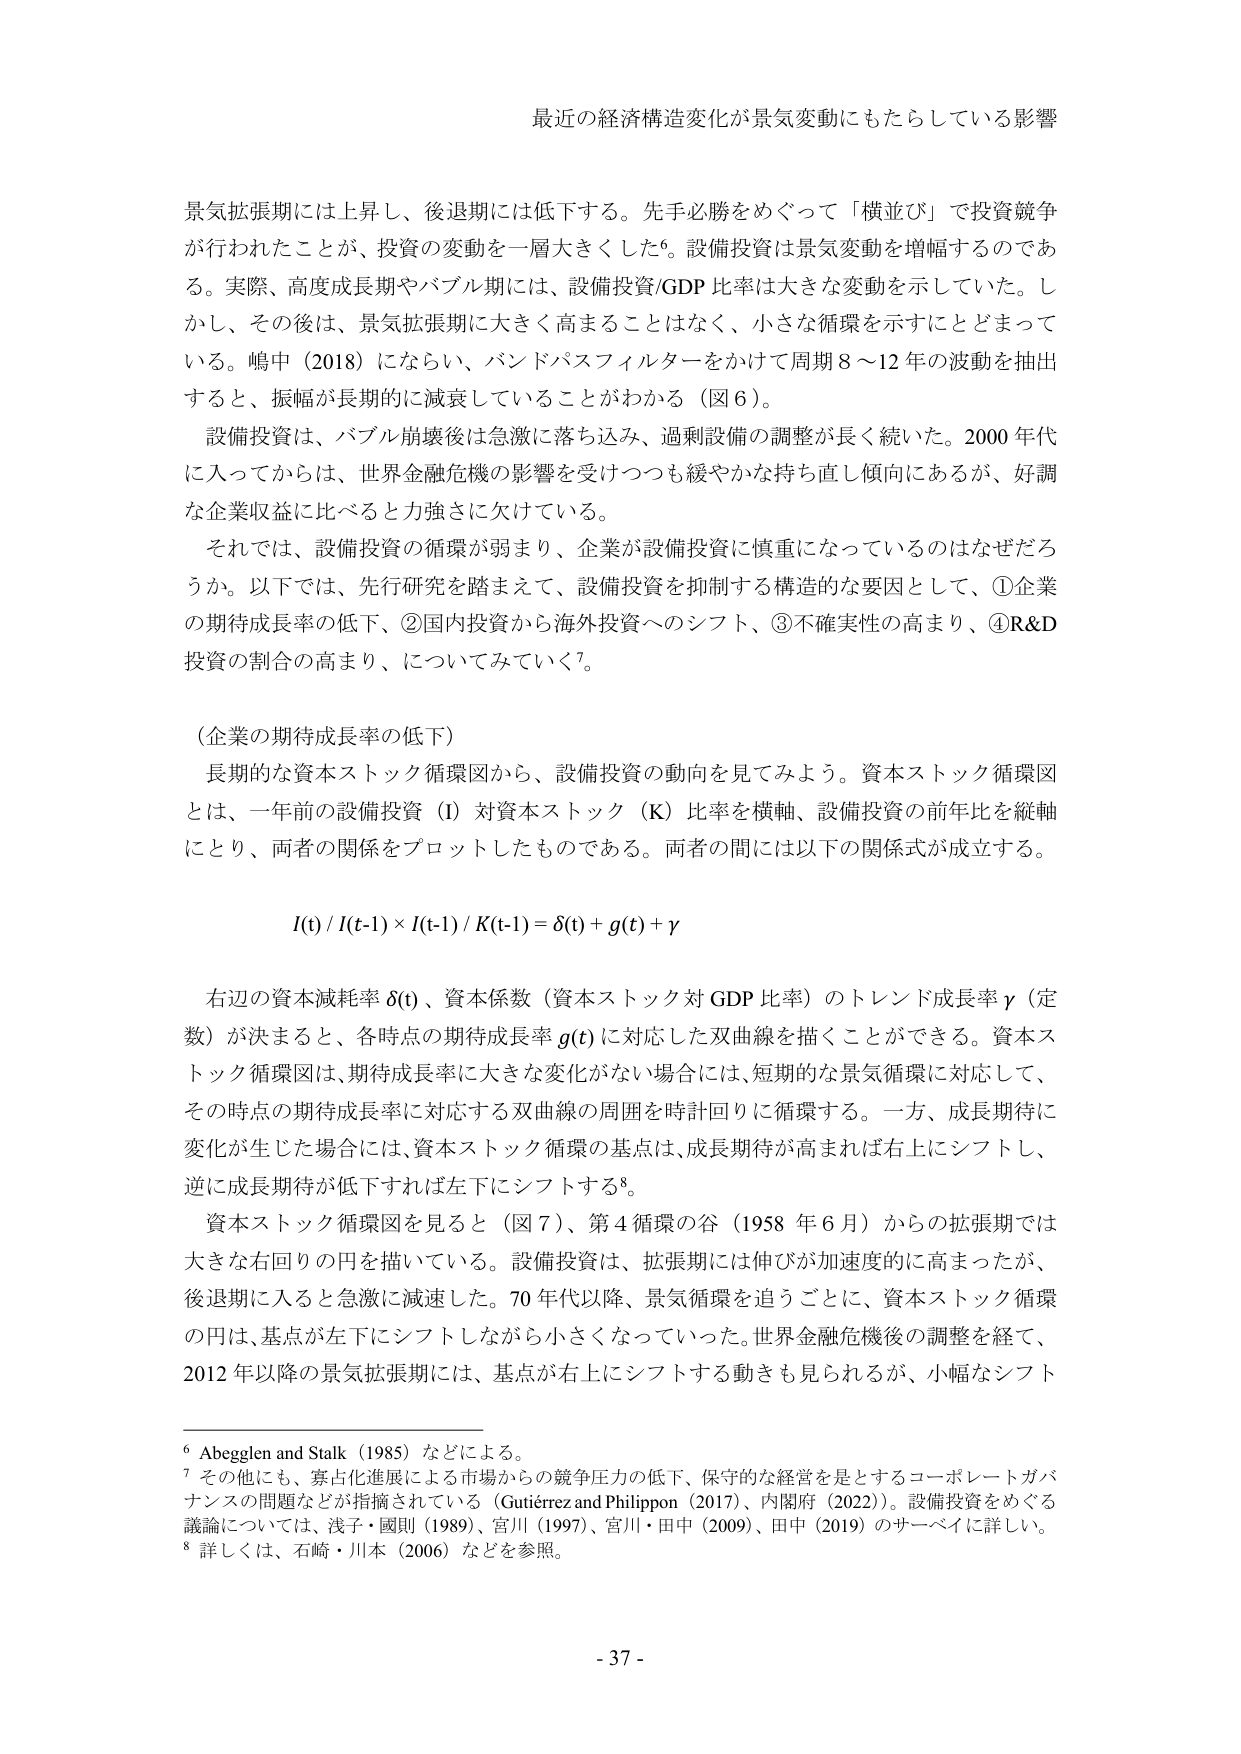
最近の経済構造変化が景気変動にもたらしている影響

景気拡張期には上昇し、後退期には低下する。先手必勝をめぐって「横並び」で投資競争が行われたことが、投資の変動を一層大きくした⁶。設備投資は景気変動を増幅するのである。実際、高度成長期やバブル期には、設備投資/GDP 比率は大きな変動を示していた。しかし、その後は、景気拡張期に大きく高まることはなく、小さな循環を示すにとどまっている。嶋中（2018）にならい、バンドパスフィルターをかけて周期8～12年の波動を抽出すると、振幅が長期的に減衰していることがわかる（図6）。

設備投資は、バブル崩壊後は急激に落ち込み、過剰設備の調整が長く続いた。2000年代に入ってからは、世界金融危機の影響を受けつつも緩やかな持ち直し傾向にあるが、好調な企業収益に比べると力強さに欠けている。

それでは、設備投資の循環が弱まり、企業が設備投資に慎重になっているのはなぜだろうか。以下では、先行研究を踏まえて、設備投資を抑制する構造的な要因として、①企業の期待成長率の低下、②国内投資から海外投資へのシフト、③不確実性の高まり、④R&D投資の割合の高まり、についてみていく⁷。

（企業の期待成長率の低下）

長期的な資本ストック循環図から、設備投資の動向を見てみよう。資本ストック循環図とは、一年前の設備投資（I）対資本ストック（K）比率を横軸、設備投資の前年比を縦軸にとり、両者の関係をプロットしたものである。両者の間には以下の関係式が成立する。

I(t) / I(t-1) × I(t-1) / K(t-1) = δ(t) + g(t) + γ

右辺の資本減耗率 δ(t)、資本係数（資本ストック対GDP比率）のトレンド成長率 γ（定数）が決まると、各時点の期待成長率 g(t) に対応した双曲線を描くことができる。資本ストック循環図は、期待成長率に大きな変化がない場合には、短期的な景気循環に対応して、その時点の期待成長率に対応する双曲線の周囲を時計回りに循環する。一方、成長期待に変化が生じた場合には、資本ストック循環の基点は、成長期待が高まれば右上にシフトし、逆に成長期待が低下すれば左下にシフトする⁸。

資本ストック循環図を見ると（図7）、第4循環の谷（1958年6月）からの拡張期では大きな右回りの円を描いている。設備投資は、拡張期には伸びが加速度的に高まったが、後退期に入ると急激に減速した。70年代以降、景気循環を追うごとに、資本ストック循環の円は、基点が左下にシフトしながら小さくなっていた。世界金融危機後の調整を経て、2012年以降の景気拡張期には、基点が右上にシフトする動きも見られるが、小幅なシフト

⁶ Abegglen and Stalk（1985）などによる。
⁷ その他にも、寡占化進展による市場からの競争圧力の低下、保守的な経営を是とするコーポレートガバナンスの問題などが指摘されている（Gutiérrez and Philippon（2017）、内閣府（2022））。設備投資をめぐる議論については、浅子・國則（1989）、宮川（1997）、宮川・田中（2009）、田中（2019）のサーベイに詳しい。
⁸ 詳しくは、石崎・川本（2006）などを参照。

- 37 -